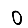
Digit: 0